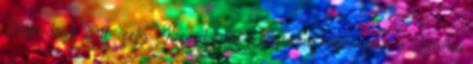
Életkérdések 2017. április: Kapcsolataink, a keresztény közösségeink, a Krisztus